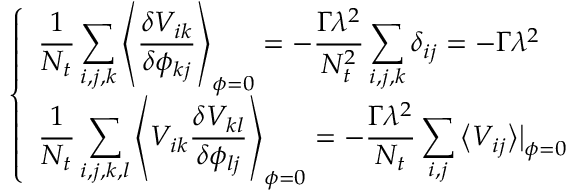
\left\{ \begin{array} { l } { \displaystyle \frac { 1 } { N _ { t } } \sum _ { i , j , k } \left\langle \frac { \delta V _ { i k } } { \delta \phi _ { k j } } \right\rangle _ { \boldsymbol { \phi } = 0 } = - \frac { \Gamma \lambda ^ { 2 } } { N _ { t } ^ { 2 } } \sum _ { i , j , k } \delta _ { i j } = - \Gamma \lambda ^ { 2 } } \\ { \displaystyle \frac { 1 } { N _ { t } } \sum _ { i , j , k , l } \left\langle V _ { i k } \frac { \delta V _ { k l } } { \delta \phi _ { l j } } \right\rangle _ { \boldsymbol { \phi } = 0 } = - \frac { \Gamma \lambda ^ { 2 } } { N _ { t } } \sum _ { i , j } \big \langle V _ { i j } \big \rangle \big | _ { \boldsymbol { \phi } = 0 } } \end{array} \right.